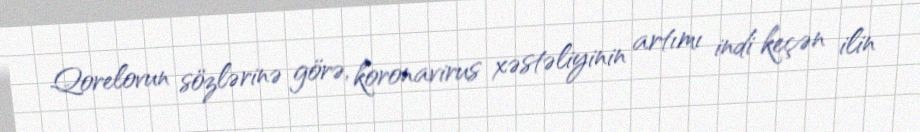
Qorelovun sözlərinə görə, koronavirus xəstəliyinin artımı indi keçən ilin